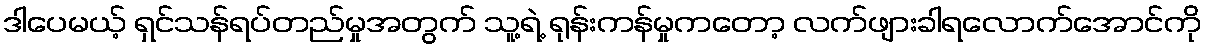
ဒါပေမယ့် ရှင်သန်ရပ်တည်မှုအတွက် သူ့ရဲ့ ရုန်းကန်မှုကတော့ လက်ဖျားခါရလောက်အောင်ကို